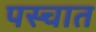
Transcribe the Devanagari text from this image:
पस्चात